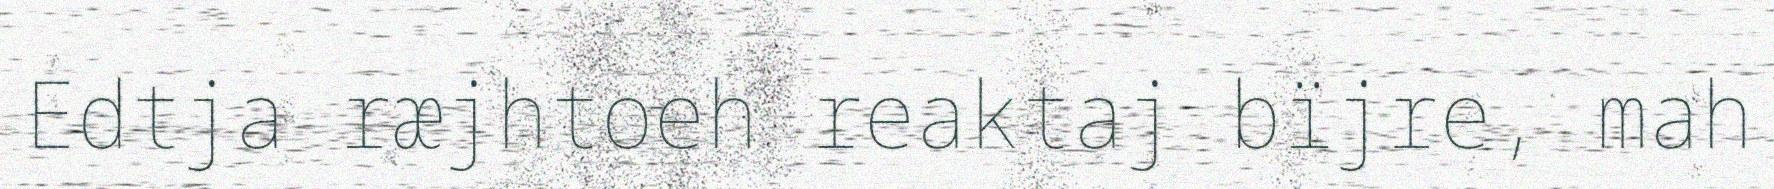
Edtja ræjhtoeh reaktaj bïjre, mah